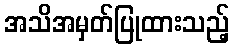
အသိအမှတ်ပြုထားသည့်